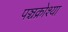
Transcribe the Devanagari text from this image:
पञ्चक्रोश्या